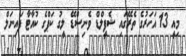
މިއީ 13 އަހަރުގެ ތެރޭގައި ޝެފީލްޑް ވެނިސްޑޭ ލީގު ކަޕްގެ ކުއާޓާ ފައިނަލް